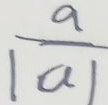
\frac { a } { \vert a \vert }